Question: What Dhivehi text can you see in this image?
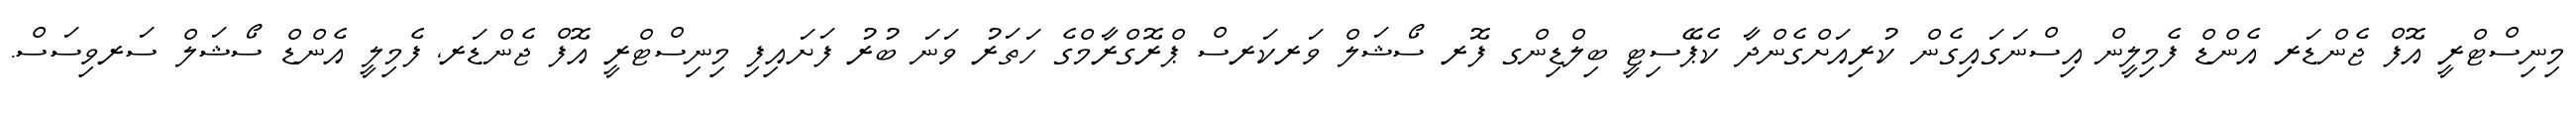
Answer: މިނިސްޓްރީ އޮފް ޖެންޑަރ އެންޑް ފެމިލީން އިސްނަގައިގެން ކުރިއަށްގެންދާ ކެޕޭސިޓީ ބިލްޑިންގ ފޮރ ސޯޝަލް ވަރކަރސް ޕްރޮގްރާމްގެ ހަތަރު ވަނަ ބުރު ފަށައިފި މިނިސްޓްރީ އޮފް ޖެންޑަރ, ފެމިލީ އެންޑް ސޯޝަލް ސަރވިސަސް.